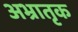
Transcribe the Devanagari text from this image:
अभ्रातृक